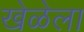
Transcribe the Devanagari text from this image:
खेळेला